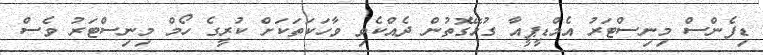
ޑިފެންސް މިނިސްޓަރު އެމްޑީޕީއާ ގުޅޭގޮތުން ދެއްކެވި ވާހަކަތަކަށް ކުރީގެ ހޯމް މިނިސްޓަރު ވެސް